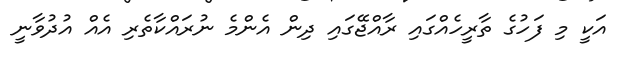
އަކީ މި ފަހުގެ ތާރީހެއްގައި ރާއްޖޭގައި ދިން އެންމެ ނުރައްކާތެރި އެއް އުދުވާނީ